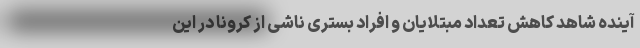
آینده شاهد کاهش تعداد مبتلایان و افراد بستری ناشی از کرونا در این